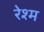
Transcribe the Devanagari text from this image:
रेश्म